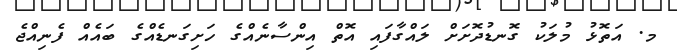
މ. އަތޮޅު މުލަކު ގޮނޑުދޮށަށް ލައްގާފައި އޮތް އިންސާނެއްގެ ހަށިގަނޑެއްގެ ބައެއް ފެނިއްޖެ